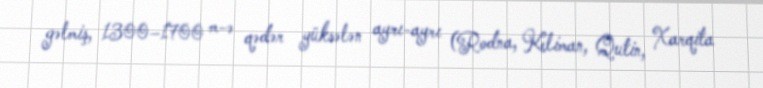
gəlmiş, 1300–1700 m-ə qədər yüksələn ayrı-ayrı (Rodna, Keliman, Qutin, Xarqita